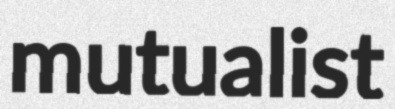
mutualist